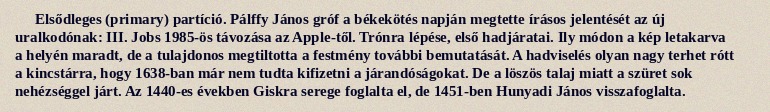
Elsődleges (primary) partíció. Pálffy János gróf a békekötés napján megtette írásos jelentését az új uralkodónak: III. Jobs 1985-ös távozása az Apple-től. Trónra lépése, első hadjáratai. Ily módon a kép letakarva a helyén maradt, de a tulajdonos megtiltotta a festmény további bemutatását. A hadviselés olyan nagy terhet rótt a kincstárra, hogy 1638-ban már nem tudta kifizetni a járandóságokat. De a löszös talaj miatt a szüret sok nehézséggel járt. Az 1440-es években Giskra serege foglalta el, de 1451-ben Hunyadi János visszafoglalta.